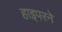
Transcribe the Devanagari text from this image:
हाइपरने